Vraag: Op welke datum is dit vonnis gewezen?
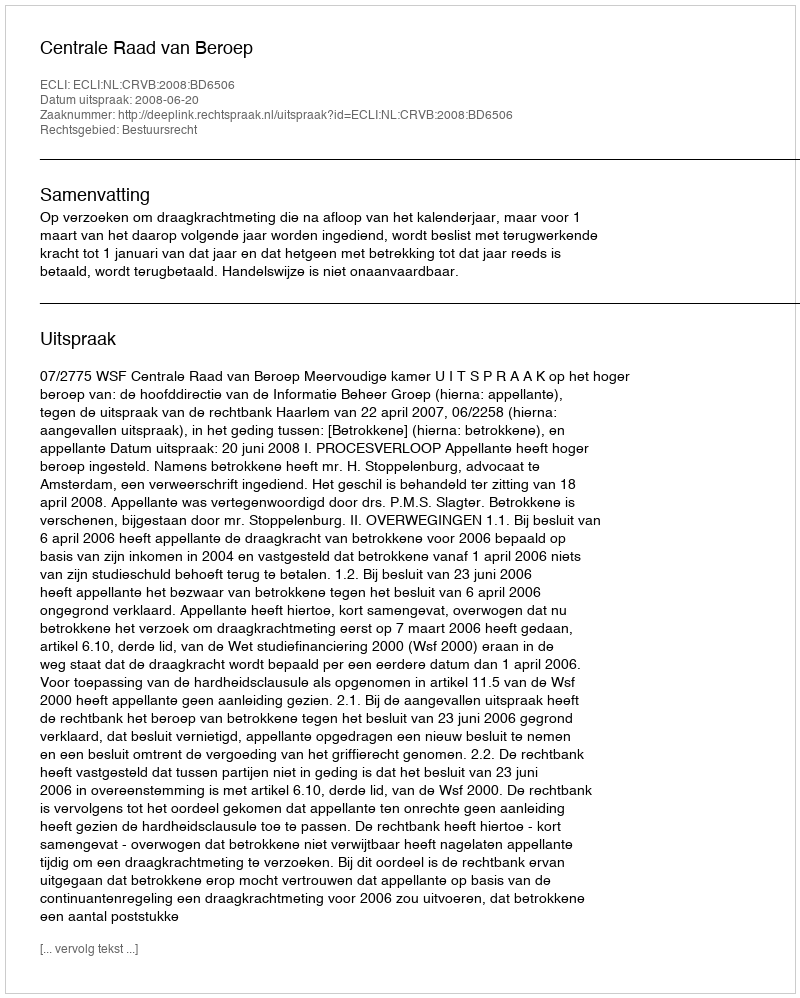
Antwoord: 2008-06-20